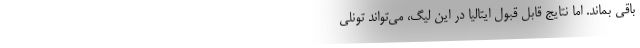
باقی بماند. اما نتایج قابل قبول ایتالیا در این لیگ، می‌تواند تونلی